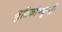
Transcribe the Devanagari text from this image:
श्रुतिकांमधूनही